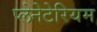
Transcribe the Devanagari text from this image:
प्‍लेनेटेरियम